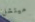
ميتشل